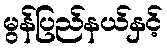
မွန်ပြည်နယ်နှင့်